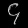
Digit: ၄